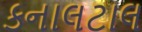
કનાલટાલ